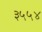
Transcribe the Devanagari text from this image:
३५५४